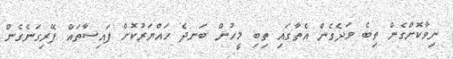
ނިވާކޮށްގެން ތިބެ ވަދެގެން އެތާގައި ތިބި މީހުން ބަނދެ ހައްޔަރުކޮށް ފައިސާތައް ފޭރިގަނެގެން